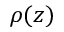
\rho ( z )